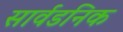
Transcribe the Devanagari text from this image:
सार्वडनिक